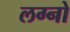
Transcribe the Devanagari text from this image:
लग्नो